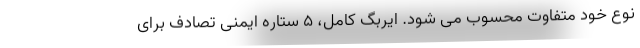
نوع خود متفاوت محسوب می شود. ایربگ کامل، 5 ستاره ایمنی تصادف برای